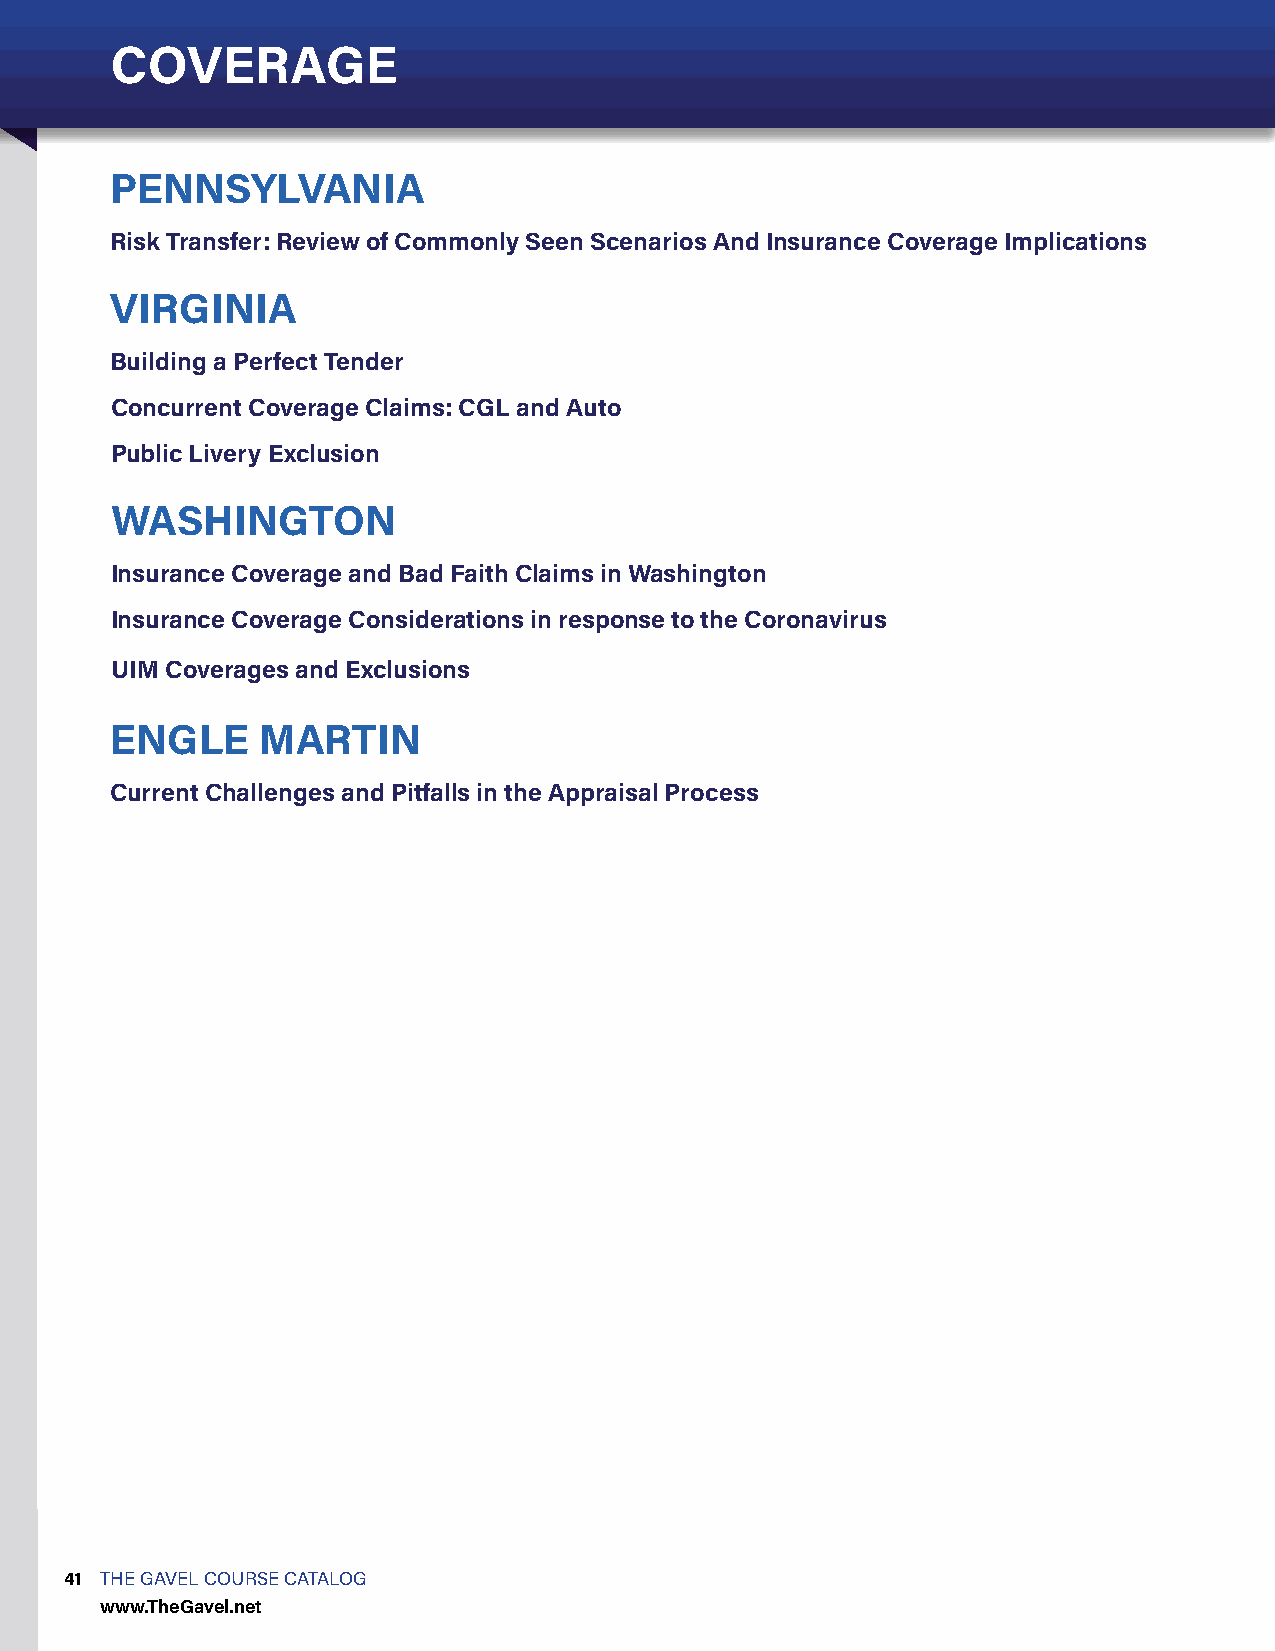
COVERAGE
 PENNSYLVANIA
 Risk Transfer: Review of Commonly Seen Scenarios And Insurance Coverage Implications
 VIRGINIA
 Building a Perfect Tender
 Concurrent Coverage Claims: CGL and Auto
 Public Livery Exclusion
 WASHINGTON
 Insurance Coverage and Bad Faith Claims in Washington
 Insurance Coverage Considerations in response to the Coronavirus
 UIM Coverages and Exclusions
 ENGLE     MARTIN
 Current Challenges and Pitfalls in the Appraisal Process
 41 THE GAVEL COURSE CATALOG
 www.TheGavel.net